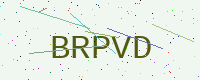
Text: BRPVD